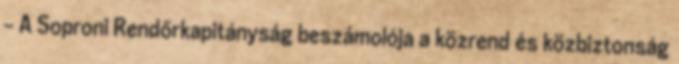
- A Soproni Rendőrkapitányság beszámolója a közrend és közbiztonság